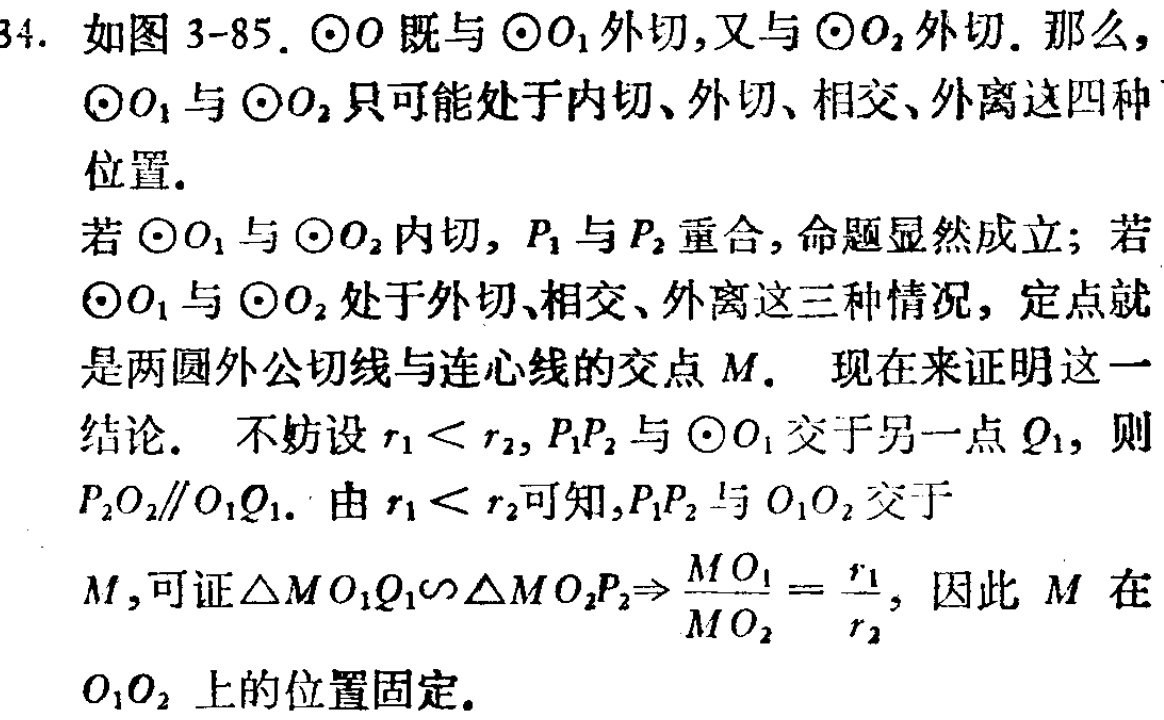
34. 如图 3-85. $\odot O$ 既与 $\odot O_1$ 外切,又与 $\odot O_2$ 外切. 那么, $\odot O_1$ 与 $\odot O_2$ 只可能处于内切、外切、相交、外离这四种位置.
若 $\odot O_1$ 与 $\odot O_2$ 内切, $P_1$ 与 $P_2$ 重合, 命题显然成立; 若 $\odot O_1$ 与 $\odot O_2$ 处于外切、相交、外离这三种情况, 定点就是两圆外公切线与连心线的交点 $M$. 现在来证明这一结论. 不妨设 $r_1 < r_2$, $P_1P_2$ 与 $\odot O_1$ 交于另一点 $Q_1$, 则 $P_2O_2\parallel O_1Q_1$. 由 $r_1 < r_2$ 可知, $P_1P_2$ 与 $O_1O_2$ 交于 $M$, 可证 $\triangle MO_1Q_1\sim\triangle MO_2P_2 \Rightarrow \frac{MO_1}{MO_2}=\frac{r_1}{r_2}$, 因此 $M$ 在 $O_1O_2$ 上的位置固定.